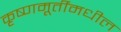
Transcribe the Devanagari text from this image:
कृष्णमूर्तींमधील